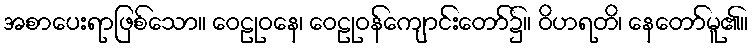
အစာပေးရာဖြစ်သော။ ဝေဠုဝနေ၊ ဝေဠုဝန်ကျောင်းတော်၌။ ဝိဟရတိ၊ နေတော်မူ၏။